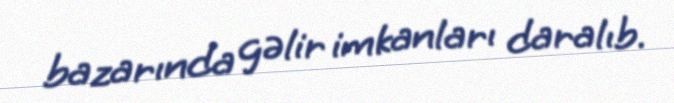
bazarında gəlir imkanları daralıb.